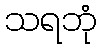
သရဘုံ